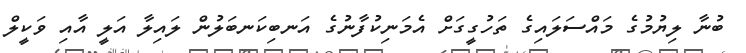
ބުނާ ލިޔުމުގެ މައްސަލައިގެ ތަހުގީގަށް އެމަނިކުފާނުގެ އަނބިކަނބަލުން ލައިލާ އަލީ އާއި ވަކީލް